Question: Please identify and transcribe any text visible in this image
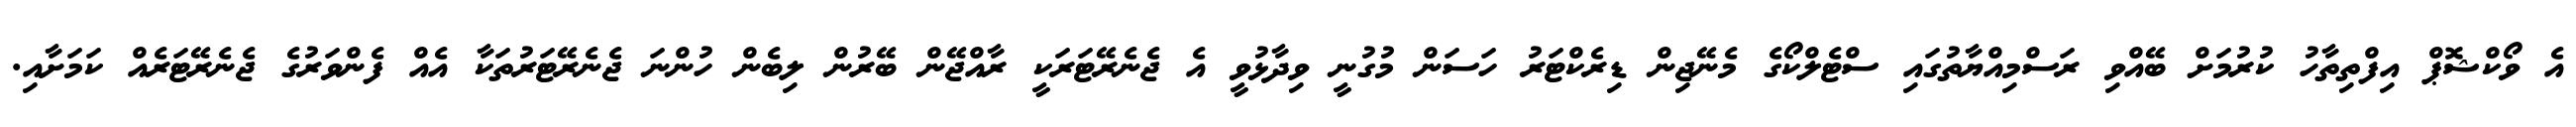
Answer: އެ ވޯކްޝޮޕް އިފްތިތާހު ކުރުމަށް ބޭއްވި ރަސްމިއްޔާތުގައި ސްޓެލްކޯގެ މެނޭޖިން ޑިރެކްޓަރު ހަސަން މުގުނީ ވިދާޅުވީ އެ ޖެނެރޭޓަރަކީ ރާއްޖޭން ބޭރުން ލިބެން ހުންނަ ޖެނެރޭޓަރުތަކާ އެއް ފެންވަރުގެ ޖެނެރޭޓަރެއް ކަމަށާއި.